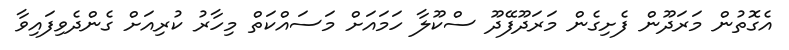
އެގޮތުން މަރަދޫން ފެށިގެން މަރަދޫފޭދޫ ސްކޫލާ ހަމައަށް މަސައްކަތް މިހާރު ކުރިއަށް ގެންދެވިފައިވާ